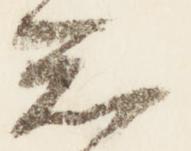
知